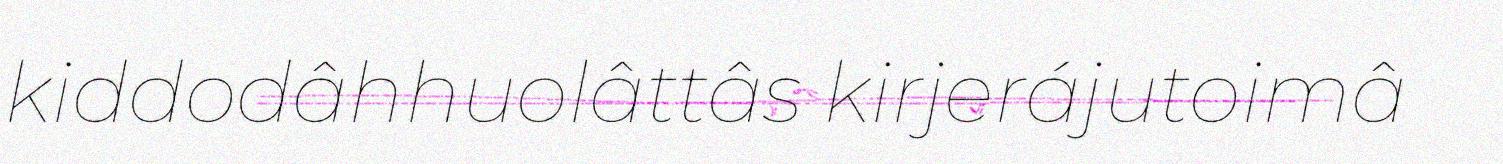
kiddodâhhuolâttâs kirjerájutoimâ